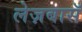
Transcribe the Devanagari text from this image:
लेज़बासॅ